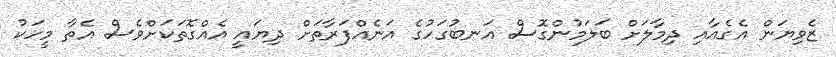
ޒެވިޔަން އެގެއާއި ދިމާލަށް ބަލަމުންގޮސް އަނބުގަހުގެ އަނެއްފަރާތަށް ދިޔައީ އެއްގޮތަކަށްވެސް އެތާ މީހަކު